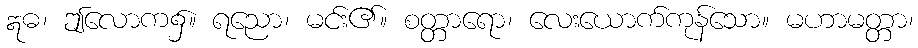
ဣဓ၊ ဤလောက၌။ ရညော၊ မင်း၏။ စတ္တာရော၊ လေးယောက်ကုန်သော။ မဟာမတ္တာ၊